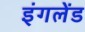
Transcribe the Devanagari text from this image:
इंगलेंड